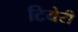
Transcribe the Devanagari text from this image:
टियेरी